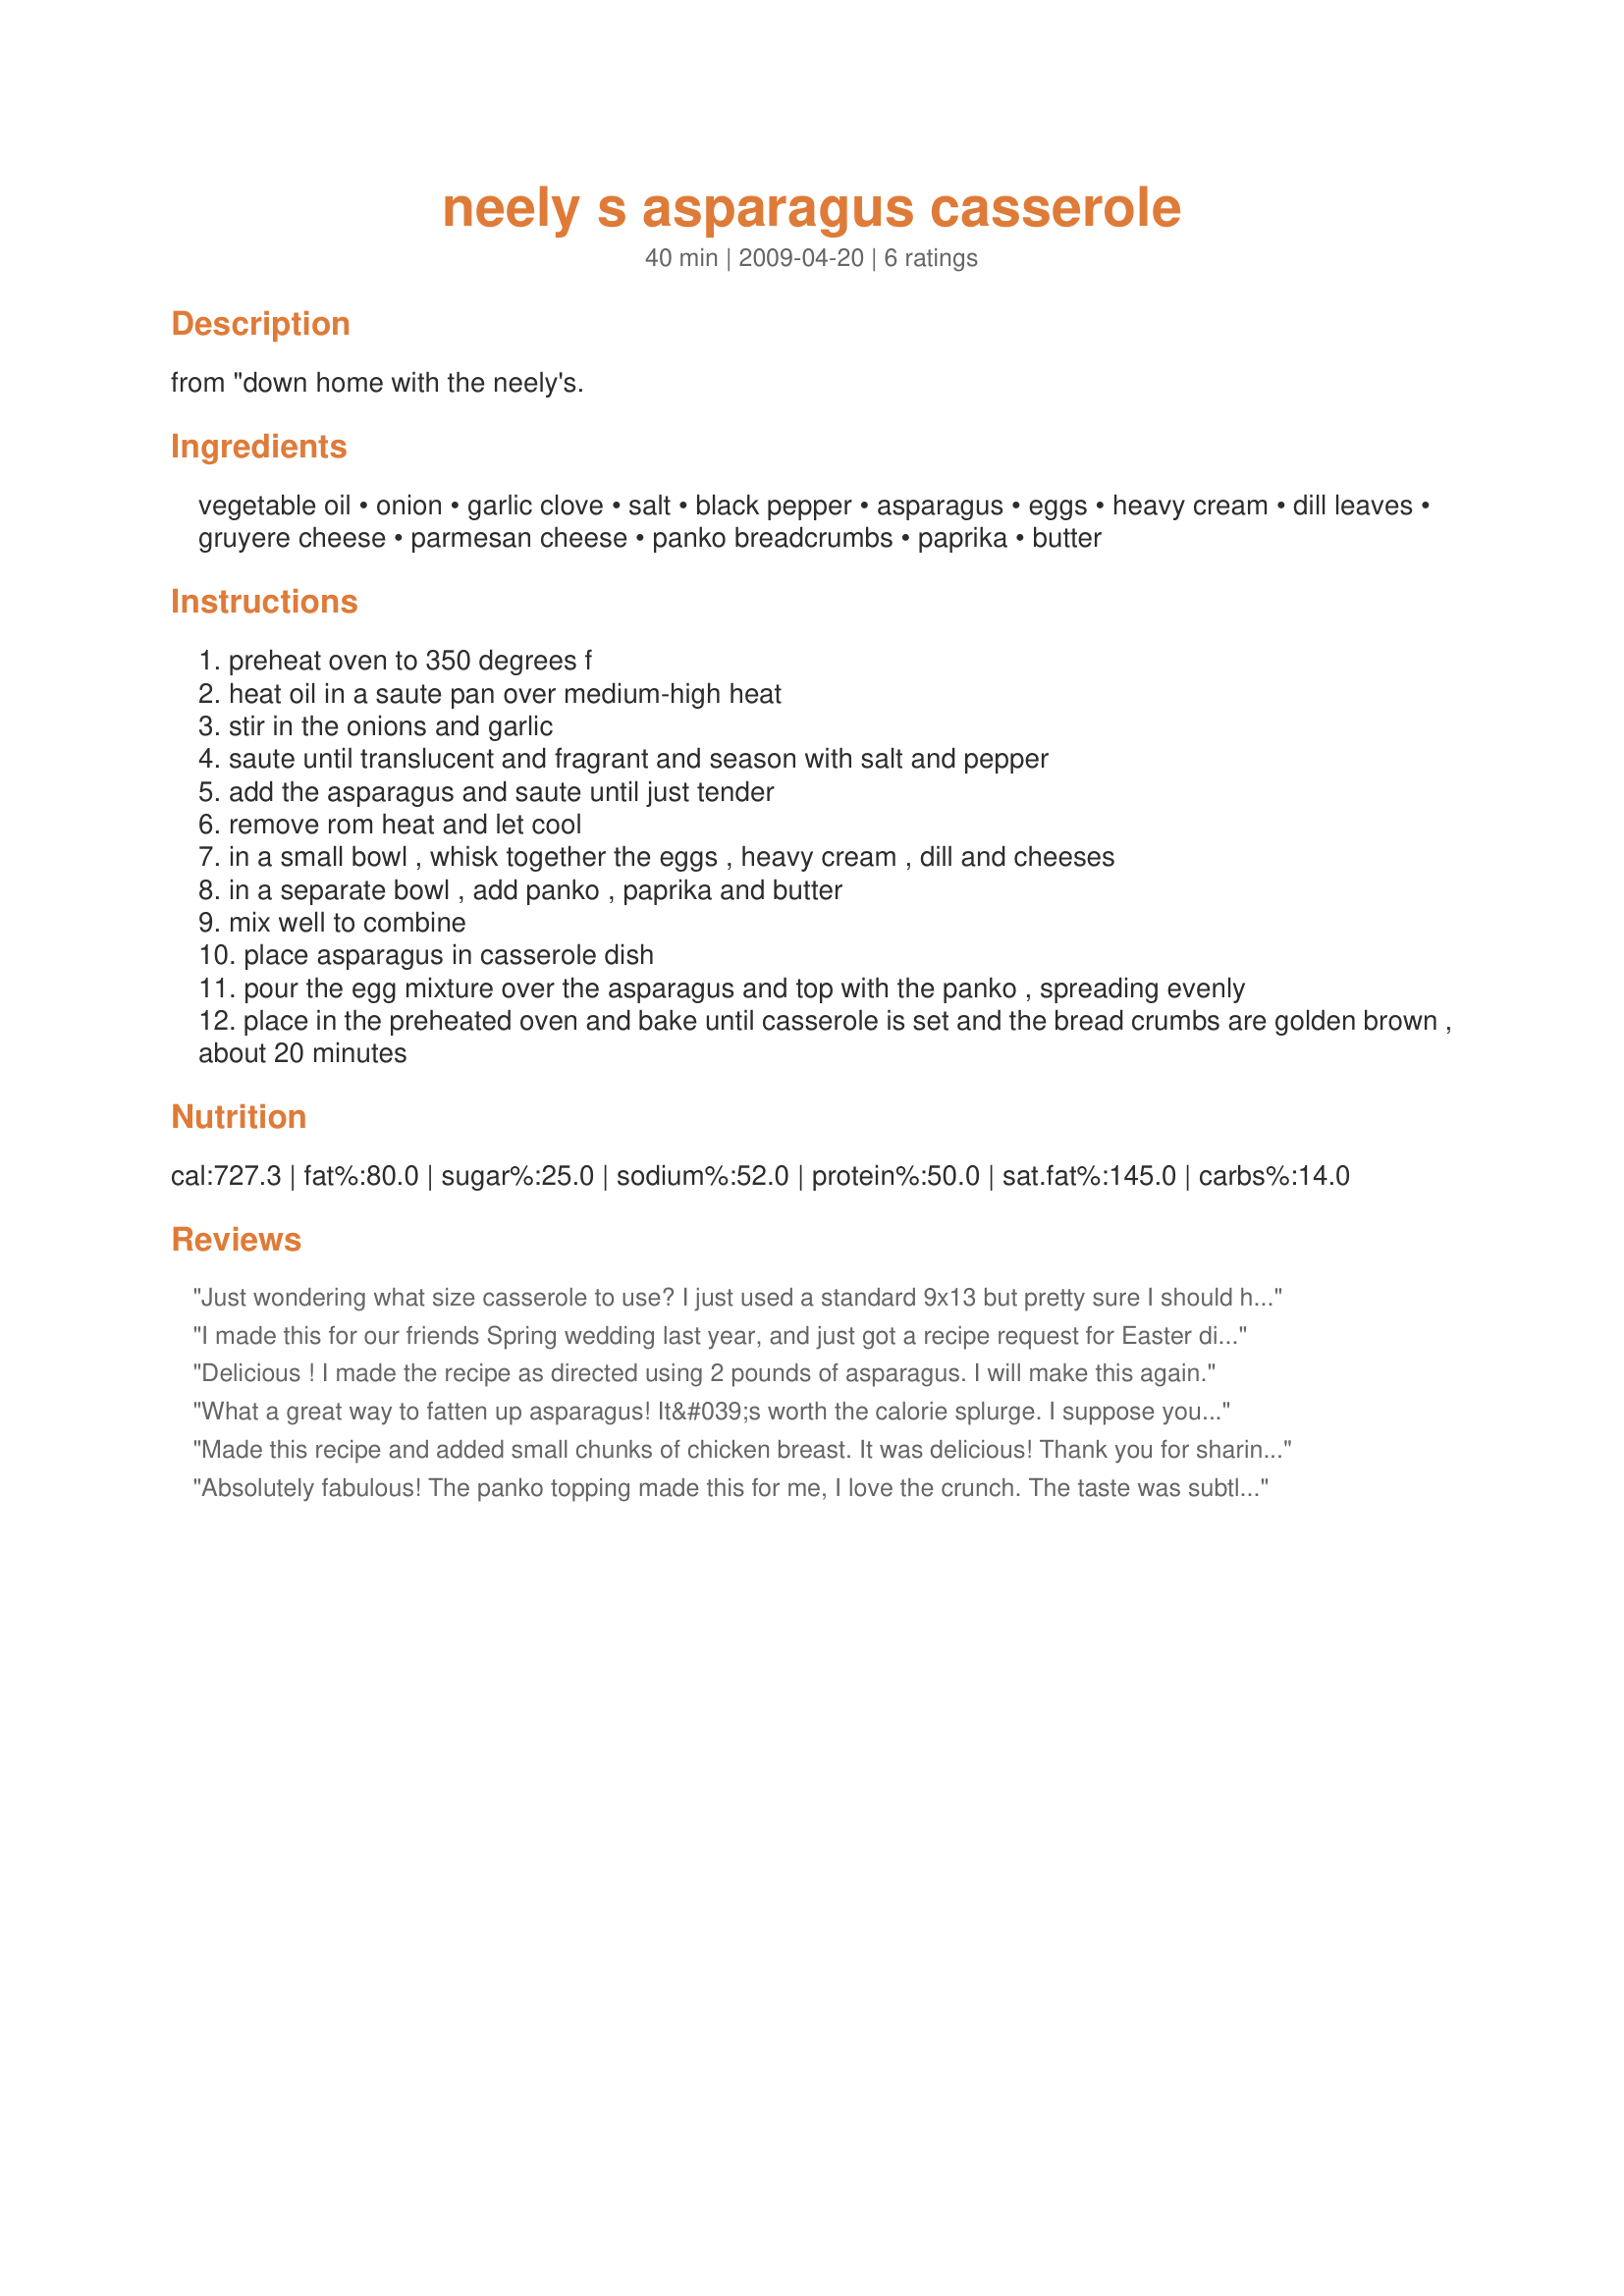
neely s asparagus casserole
Preparation time: 40 minutes

from "down home with the neely's.

Ingredients:
vegetable oil, onion, garlic clove, salt, black pepper, asparagus, eggs, heavy cream, dill leaves, gruyere cheese, parmesan cheese, panko breadcrumbs, paprika, butter

Steps:
preheat oven to 350 degrees f
heat oil in a saute pan over medium-high heat
stir in the onions and garlic
saute until translucent and fragrant and season with salt and pepper
add the asparagus and saute until just tender
remove rom heat and let cool
in a small bowl , whisk together the eggs , heavy cream , dill and cheeses
in a separate bowl , add panko , paprika and butter
mix well to combine
place asparagus in casserole dish
pour the egg mixture over the asparagus and top with the panko , spreading evenly
place in the preheated oven and bake until casserole is set and the bread crumbs are golden brown , about 20 minutes

Reviews:
Just wondering what size casserole to use? I just used a standard 9x13 but pretty sure I should have used something smaller. Will come back and edit when it comes out of the oven!
I made this for our friends Spring wedding last year, and just got a recipe request for Easter dinner. Everyone LOVED it! Will make again. I tripled the recipe and made in large disposable baking pan, so I had to bake longer. The BEST asparagus dish I've ever had. Thank you for posting:)
Delicious ! I made the recipe as directed using 2 pounds of asparagus. I will make this again.
What a great way to fatten up asparagus! It&#039;s worth the calorie splurge. I suppose you could make it with milk or half and half but it would not be the same. I made this as written, using fresh, thin stalks of asparagus. You may even get people who don&#039;t like asparagus to love this. Thanx for sharing!
Made this recipe and added small chunks of chicken breast. It was delicious! Thank you for sharing your wonderful recipe with us.
Absolutely fabulous! The panko topping made this for me, I love the crunch. The taste was subtle and fresh. I am having this for breakfast in the morning, that's how good this was! Thanks for posting!
